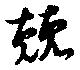
兢